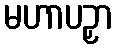
မဟာပဉှာ